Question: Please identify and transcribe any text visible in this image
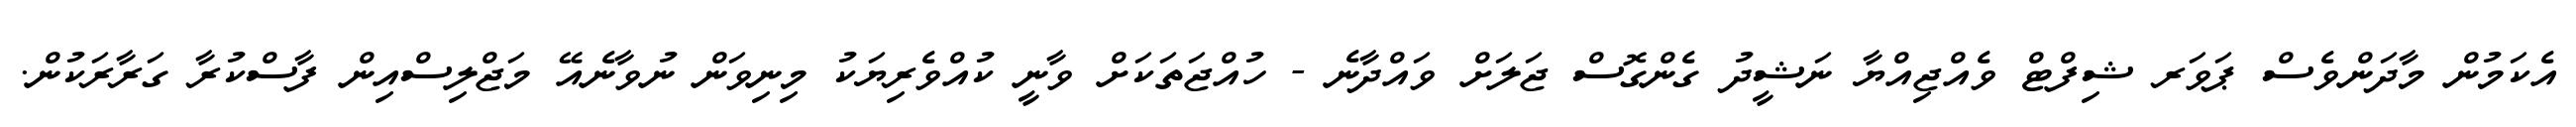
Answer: އެކަމުން މާދަންވެސް ޕަވަރ ޝިފްޓް ވެއްޖިއްޔާ ނަޝީދު ގެންގޮސް ޖަލަށް ވައްދާނެ - ހުއްޖަތަކަށް ވާނީ ކުއްވެރިޔަކު މިނިވަން ނުވާނެއޭ މަޖްލިސްއިން ފާސްކުރާ ގަރާރަކުން.